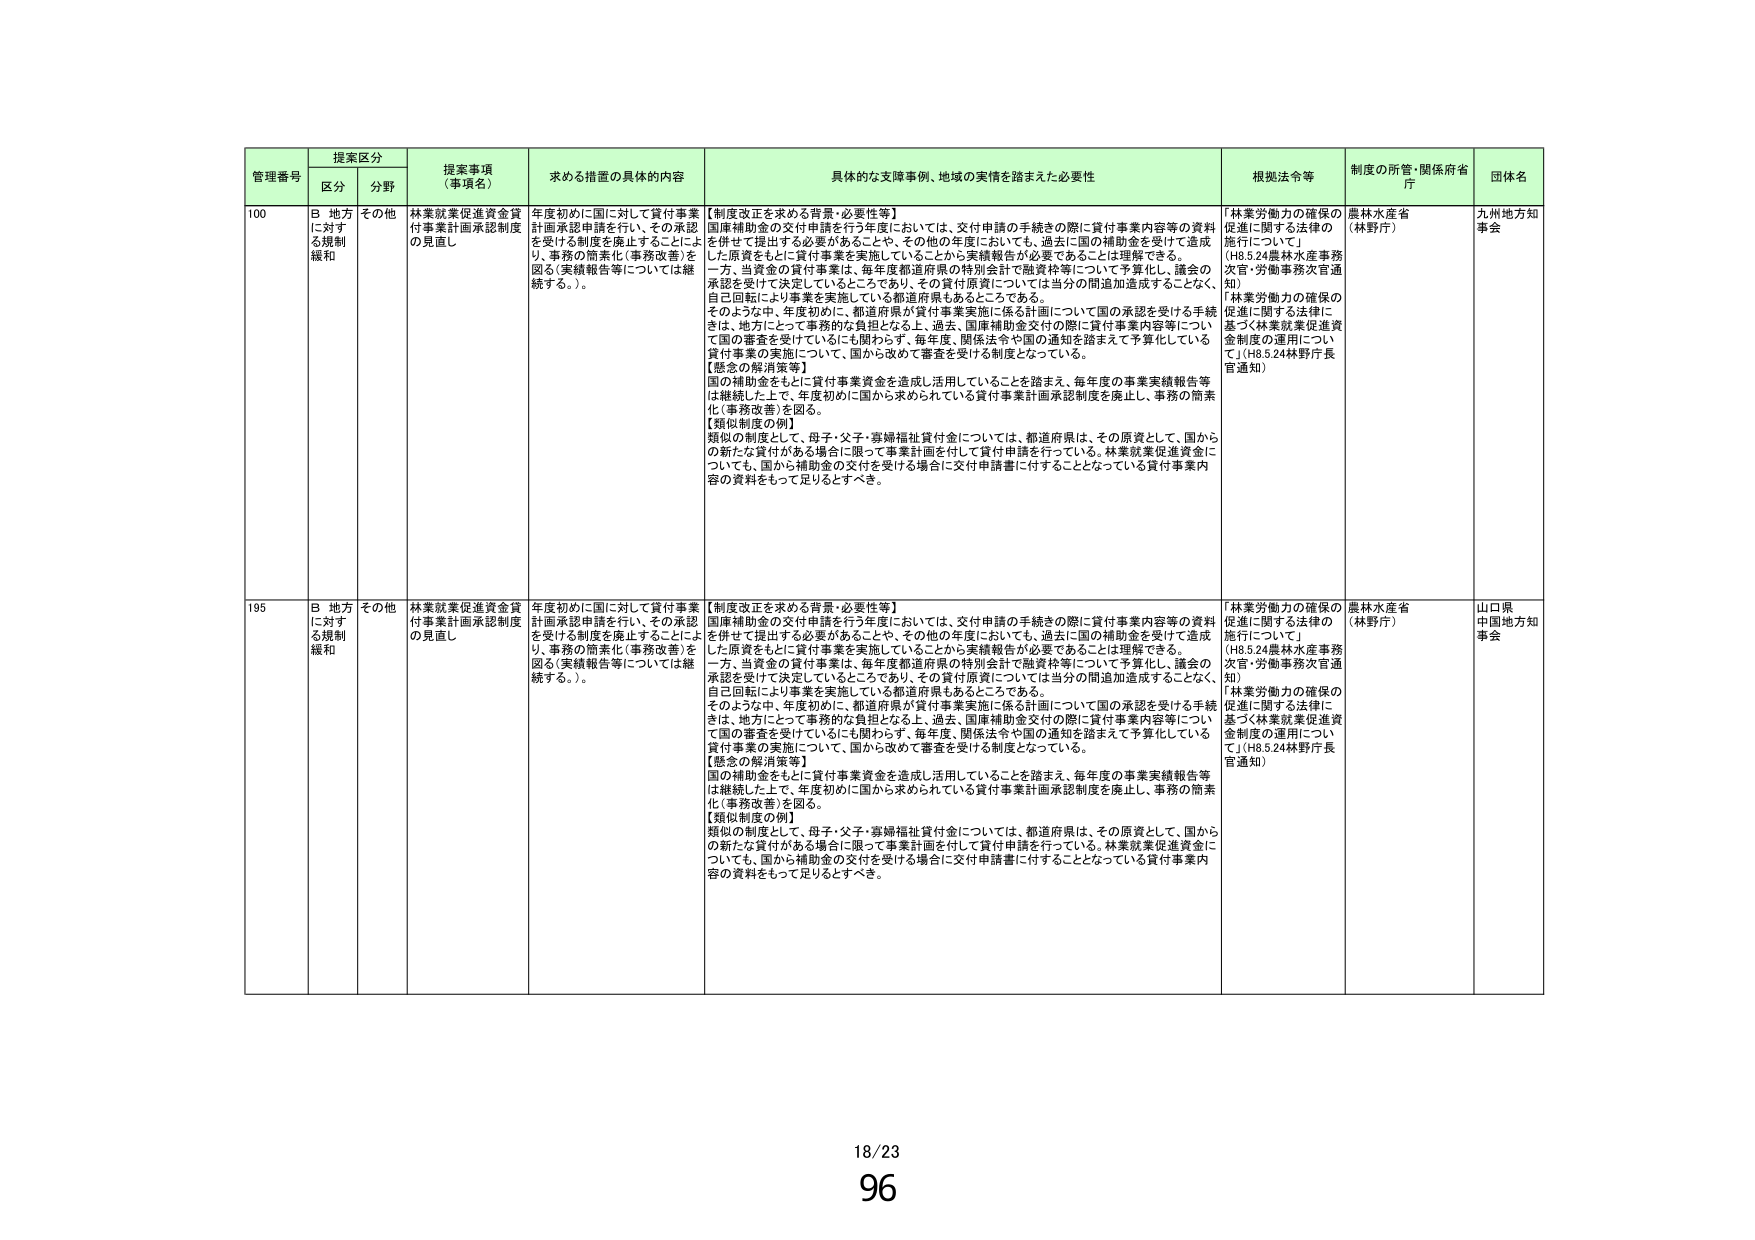
管理番号 提案区分 提案事項（事項名） 求める措置の具体的内容 具体的な支障事例、地域の実情を踏まえた必要性 根拠法令等 制度の所管・関係府省庁 団体名
区分 分野
100 B 地方に対する規制緩和 その他 林業就業促進資金貸付事業計画承認制度の見直し 年度初めに国に対して貸付事業計画承認申請を行い、その承認を受ける制度を廃止することにより、事務の簡素化（事務改善）を図る（実績報告等については継続する。）。 【制度改正を求める背景・必要性等】 国庫補助金の交付申請を行う年度においては、交付申請の手続きの際に貸付事業内容等の資料を併せて提出する必要があることや、その他の年度においても、過去に国の補助金を受けて造成した原資をもとに貸付事業を実施していることから実績報告が必要であることは理解できる。 一方、当資金の貸付事業は、毎年度都道府県の特別会計で融資枠等について予算化し、議会の承認を受けて決定しているところであり、その貸付原資については当分の間追加造成することなく、自己回転により事業を実施している都道府県もあるところである。 そのような中、年度初めに、都道府県が貸付事業実施に係る計画について国の承認を受ける手続きは、地方にとって事務的な負担となる上、過去、国庫補助金交付の際に貸付事業内容等について国の審査を受けているにも関わらず、毎年度、関係法令や国の通知を踏まえて予算化している貸付事業の実施について、国から改めて審査を受ける制度となっている。 【懸念の解消策等】 国の補助金をもとに貸付事業資金を造成し活用していることを踏まえ、毎年度の事業実績報告等は継続した上で、年度初めに国から求められている貸付事業計画承認制度を廃止し、事務の簡素化（事務改善）を図る。 【類似制度の例】 類似の制度として、母子・父子・寡婦福祉貸付金については、都道府県は、その原資として、国からの新たな貸付がある場合に限って事業計画を付して貸付申請を行っている。林業就業促進資金についても、国から補助金の交付を受ける場合に交付申請書に付することとなっている貸付事業内容の資料をもって足りるとすべき。 「林業労働力の確保の促進に関する法律の施行について」 （H8.5.24農林水産事務次官・労働事務次官通知） 「林業労働力の確保の促進に関する法律に基づく林業就業促進資金制度の運用について」（H8.5.24林野庁長官通知） 農林水産省（林野庁） 九州地方知事会
195 B 地方に対する規制緩和 その他 林業就業促進資金貸付事業計画承認制度の見直し 年度初めに国に対して貸付事業計画承認申請を行い、その承認を受ける制度を廃止することにより、事務の簡素化（事務改善）を図る（実績報告等については継続する。）。 【制度改正を求める背景・必要性等】 国庫補助金の交付申請を行う年度においては、交付申請の手続きの際に貸付事業内容等の資料を併せて提出する必要があることや、その他の年度においても、過去に国の補助金を受けて造成した原資をもとに貸付事業を実施していることから実績報告が必要であることは理解できる。 一方、当資金の貸付事業は、毎年度都道府県の特別会計で融資枠等について予算化し、議会の承認を受けて決定しているところであり、その貸付原資については当分の間追加造成することなく、自己回転により事業を実施している都道府県もあるところである。 そのような中、年度初めに、都道府県が貸付事業実施に係る計画について国の承認を受ける手続きは、地方にとって事務的な負担となる上、過去、国庫補助金交付の際に貸付事業内容等について国の審査を受けているにも関わらず、毎年度、関係法令や国の通知を踏まえて予算化している貸付事業の実施について、国から改めて審査を受ける制度となっている。 【懸念の解消策等】 国の補助金をもとに貸付事業資金を造成し活用していることを踏まえ、毎年度の事業実績報告等は継続した上で、年度初めに国から求められている貸付事業計画承認制度を廃止し、事務の簡素化（事務改善）を図る。 【類似制度の例】 類似の制度として、母子・父子・寡婦福祉貸付金については、都道府県は、その原資として、国からの新たな貸付がある場合に限って事業計画を付して貸付申請を行っている。林業就業促進資金についても、国から補助金の交付を受ける場合に交付申請書に付することとなっている貸付事業内容の資料をもって足りるとすべき。 「林業労働力の確保の促進に関する法律の施行について」 （H8.5.24農林水産事務次官・労働事務次官通知） 「林業労働力の確保の促進に関する法律に基づく林業就業促進資金制度の運用について」（H8.5.24林野庁長官通知） 農林水産省（林野庁） 山口県中国地方知事会
18/23
96